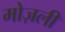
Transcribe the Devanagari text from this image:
मोज़ली